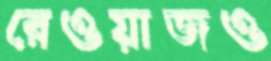
রেওয়াজও